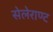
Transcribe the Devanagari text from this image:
सेलेराण्ट